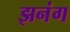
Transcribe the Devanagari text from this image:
झनंग